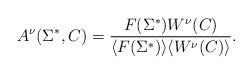
LaTeX: \begin{align*}A^{\nu}(\Sigma^{*}, C) = {F(\Sigma^{*})W^{\nu}(C) \over \langle F(\Sigma^*) \rangle\langle W^{\nu}(C)\rangle}. \end{align*}